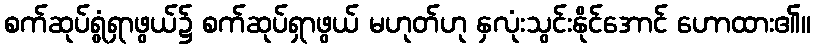
စက်ဆုပ်ရွံရှာဖွယ်၌ စက်ဆုပ်ရှာဖွယ် မဟုတ်ဟု နှလုံးသွင်းနိုင်အောင် ဟောထား၏။